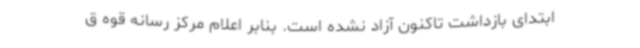
ابتدای بازداشت تاکنون آزاد نشده است. بنابر اعلام مرکز رسانه قوه ق